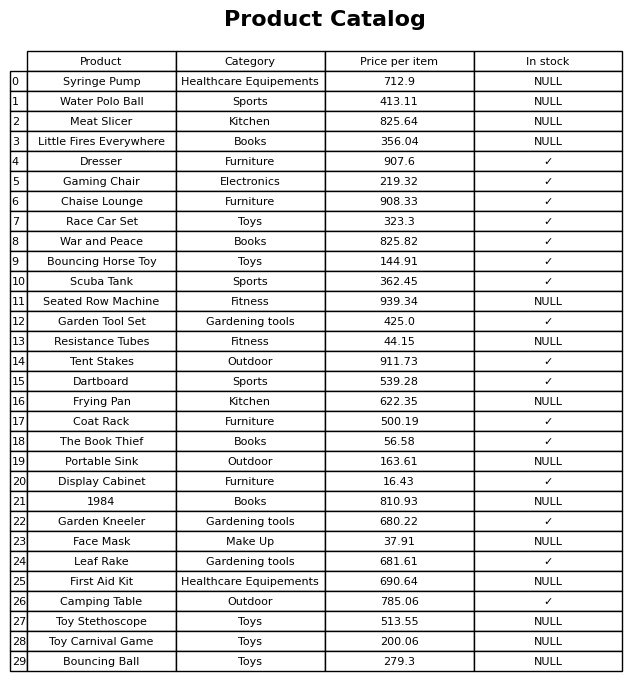
question: What is the price of the Syringe Pump?
answer: The price of Syringe Pump is 712.9.